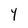
Character: Y